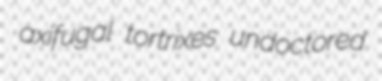
axifugal tortrixes undoctored